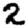
Digit: 2